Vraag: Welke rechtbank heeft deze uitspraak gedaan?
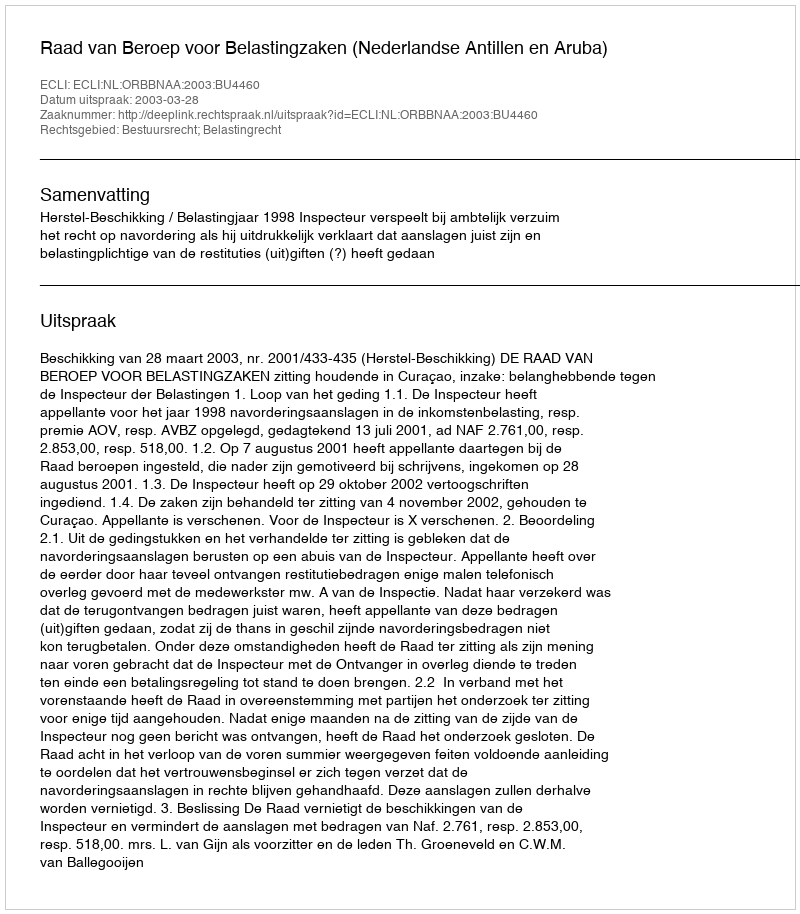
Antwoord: Raad van Beroep voor Belastingzaken (Nederlandse Antillen en Aruba)